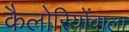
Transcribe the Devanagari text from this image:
कैलोरियोंवाला